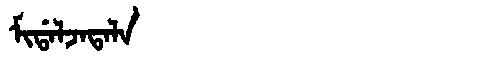
Manchu: ᠮᡳᡩᠠᠯᠵᠠᡨᠠᠯᠠ
Romanization: MIDALJATALA